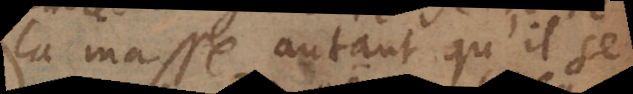
la masse autant qu’il se